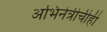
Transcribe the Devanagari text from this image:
अभिनेत्रीचीही